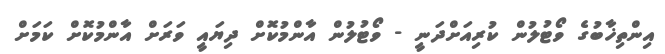
އިންތިޚާބުގެ ވޯޓުލުން ކުރިއަށްދަނީ - ވޯޓުލުން އާންމުކޮށް ދިޔައީ ވަރަށް އާންމުކޮށް ކަމަށް